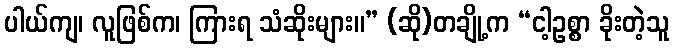
ပါယ်ကျ၊ လူဖြစ်က၊ ကြားရ သံဆိုးများ။” (ဆို)တချို့က “ငါ့ဥစ္စာ ခိုးတဲ့သူ